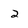
Character: 2